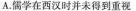
A.儒学在西汉时并未得到重视